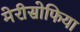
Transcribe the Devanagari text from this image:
मेरीसोफिया